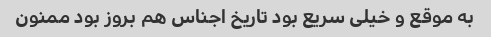
به موقع و خیلی سریع بود تاریخ اجناس هم بروز بود ممنون